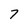
Character: 7